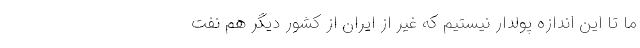
ما تا این اندازه پولدار نیستیم که غیر از ایران از کشور دیگر هم نفت